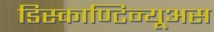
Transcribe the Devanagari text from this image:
डिस्काण्टिन्यूअस